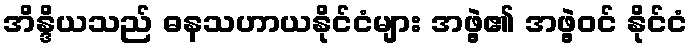
အိန္ဒိယသည် ဓနသဟာယနိုင်ငံများ အဖွဲ့၏ အဖွဲ့ဝင် နိုင်ငံ